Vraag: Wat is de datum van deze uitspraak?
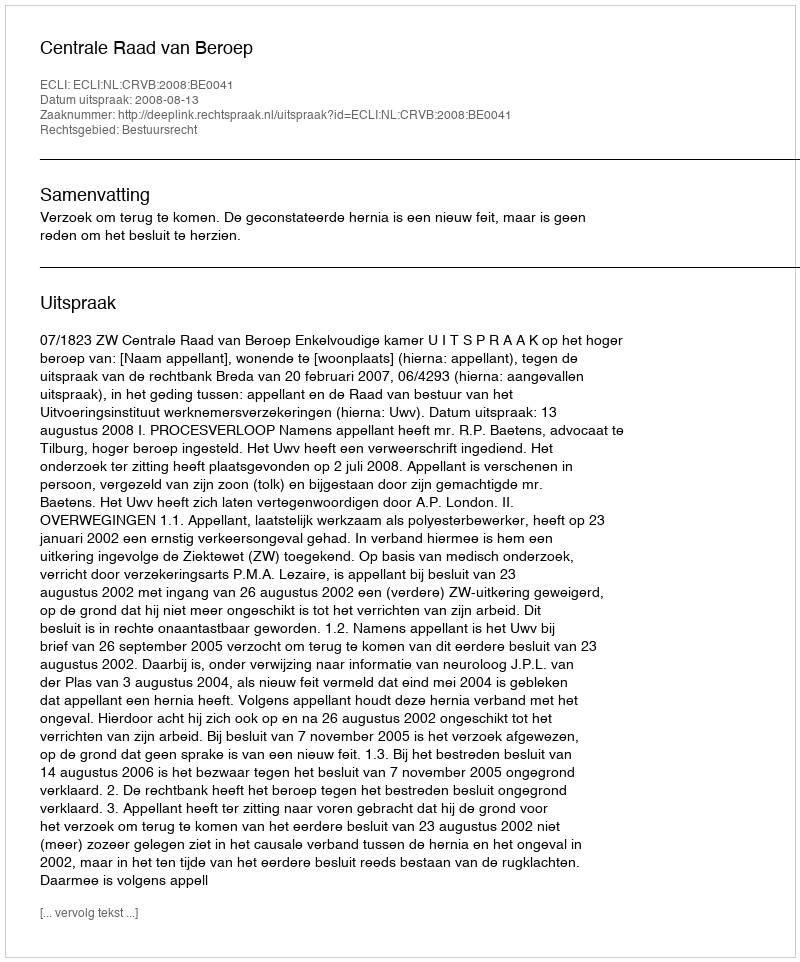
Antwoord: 2008-08-13